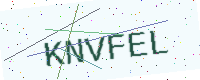
Text: KNVFEL